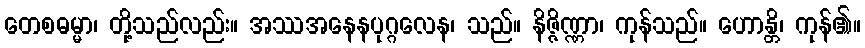
တေစဓမ္မာ၊ တို့သည်လည်း။ အဿအနေနပုဂ္ဂလေန၊ သည်။ နိဇ္ဇိဏ္ဏာ၊ ကုန်သည်။ ဟောန္တိ၊ ကုန်၏။